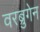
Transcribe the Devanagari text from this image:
वरब्रुगेन